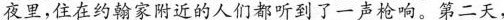
夜里，住在约翰家附近的人们都听到了一声枪响。第二天